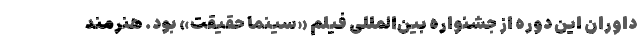
داوران این دوره از جشنواره بین‌المللی فیلم «سینما حقیقت» بود. هنرمند